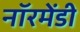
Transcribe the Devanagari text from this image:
नॉरमेंडी